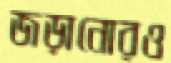
জড়ানোরও